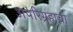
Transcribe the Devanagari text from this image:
अपरिग्रहाचा